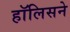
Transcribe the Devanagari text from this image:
हॉलिसने